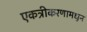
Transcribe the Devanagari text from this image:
एकत्रीकरणामधून